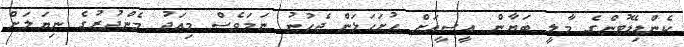
ކެންޑިޑޭޓުންގެ މާލީ ބަޔާން އީސީއަށް ހުށަހަޅަން ޖެހުނު ނަމަވެސް މިއަދު މެންދުރުގެ ނިޔަލަށް